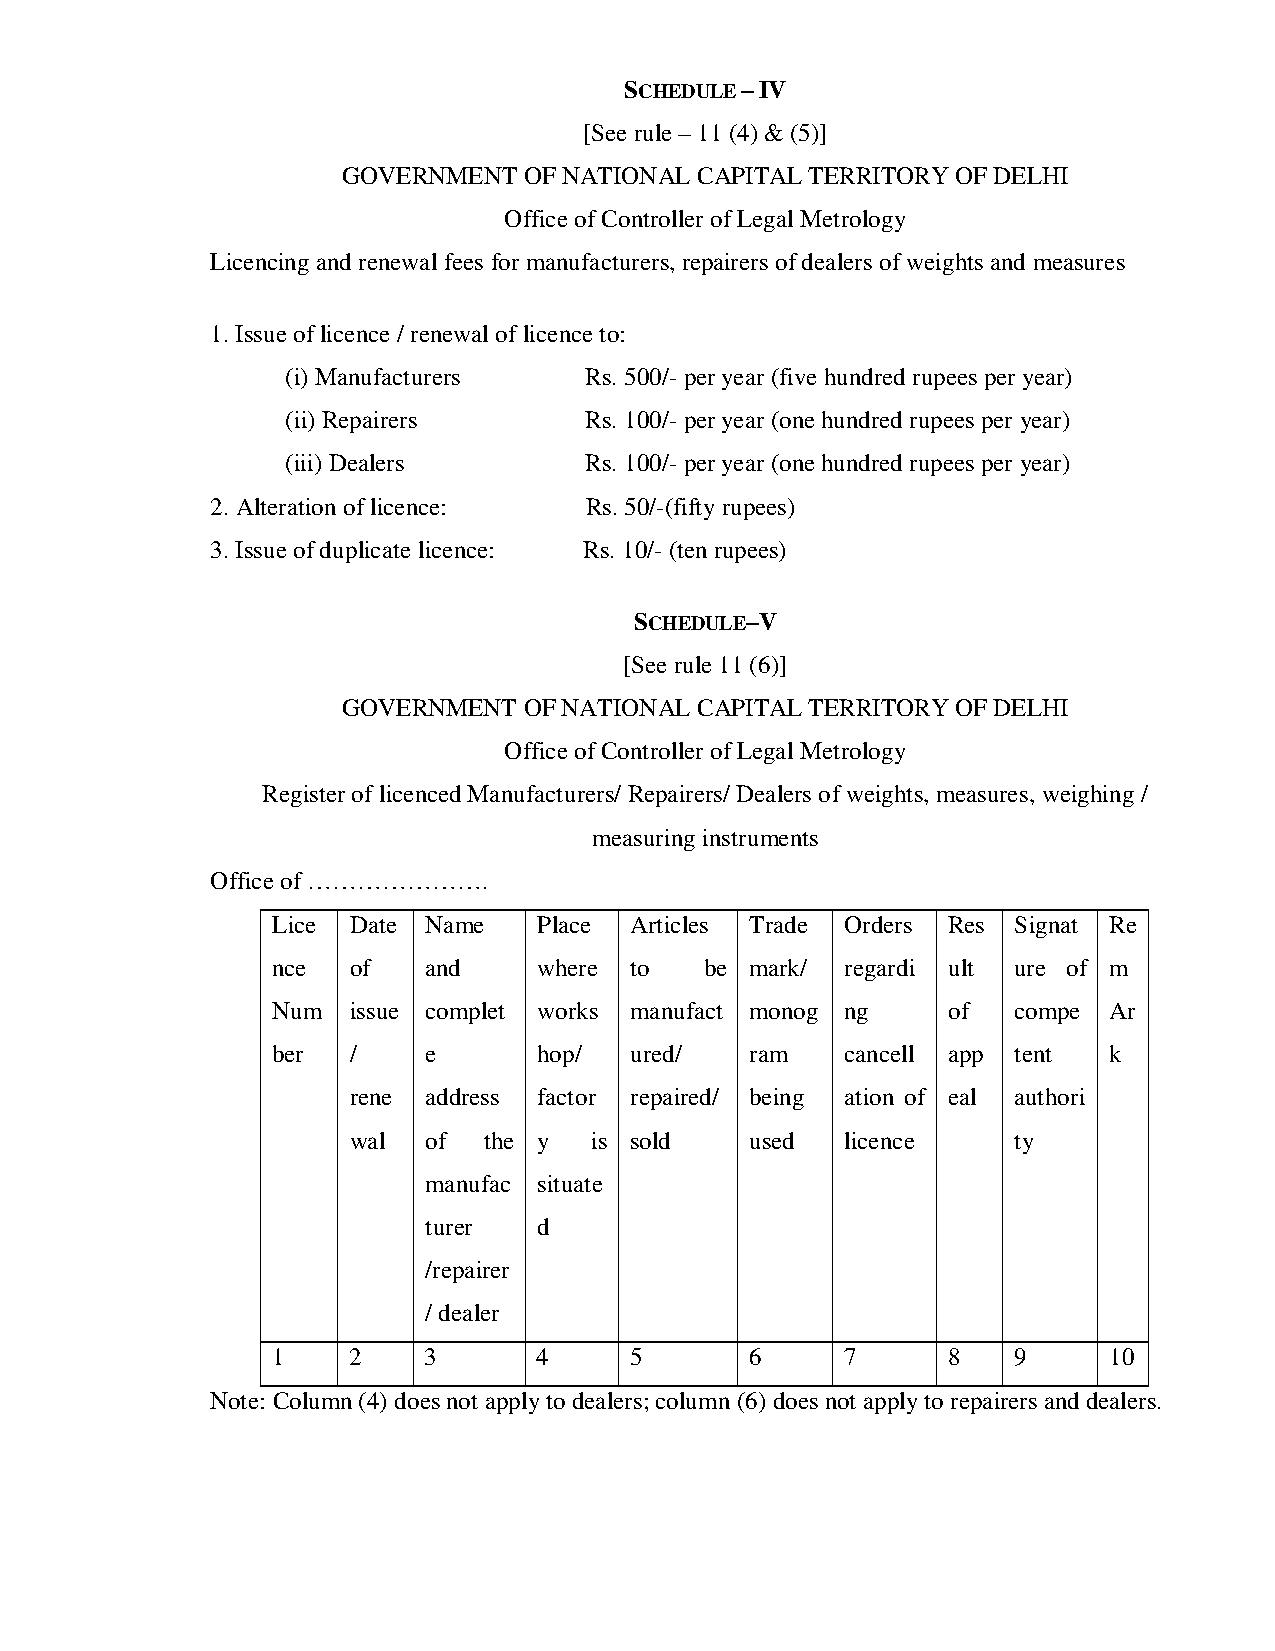
SCHEDULE – IV
 [See rule – 11 (4) & (5)]
 GOVERNMENT  OF NATIONAL CAPITAL TERRITORY OF DELHI
 Office of Controller of Legal Metrology
 Licencing and renewal fees for manufacturers, repairers of dealers of weights and measures
 1. Issue of licence / renewal of licence to:
 (i) Manufacturers   Rs. 500/- per year (five hundred rupees per year)
 (ii) Repairers      Rs. 100/- per year (one hundred rupees per year)
 (iii) Dealers       Rs. 100/- per year (one hundred rupees per year)
 2. Alteration of licence: Rs. 50/-(fifty rupees)
 3. Issue of duplicate licence: Rs. 10/- (ten rupees)
 SCHEDULE–V
 [See rule 11 (6)]
 GOVERNMENT  OF NATIONAL CAPITAL TERRITORY OF DELHI
 Office of Controller of Legal Metrology
 Register of licenced Manufacturers/ Repairers/ Dealers of weights, measures, weighing /
 measuring instruments
 Office of ………………….
 Lice Date Name    Place Articles Trade Orders Res Signat Re
 nce  of   and     where to   be mark/ regardi ult ure of m
 Num  issue complet works manufact monog ng   of  compe Ar
 ber  /    e       hop/  ured/   ram   cancell app tent k
 rene address factor repaired/ being ation of eal authori
 wal  of  the y  is sold    used  licence    ty
 manufac situate
 turer   d
 /repairer
 / dealer
 1    2    3       4     5       6     7      8   9     10
 Note: Column (4) does not apply to dealers; column (6) does not apply to repairers and dealers.